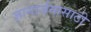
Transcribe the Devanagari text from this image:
ज्ञानार्जनासाठी